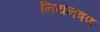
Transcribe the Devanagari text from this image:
नियनत्रण